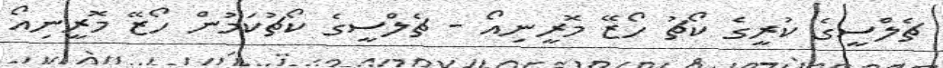
ޗެލްސީގެ ކުރީގެ ކޯޗު ހޯޒޭ މޮރީނިއޯ - ޗެލްސީގެ ކޯޗުކަމުން ހޯޒޭ މޮރީނިއޯ